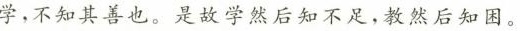
学，不知其善也。是故学然后知不足，教然后知困。